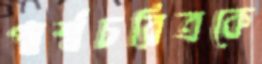
পার্শ্বচরিত্রকে